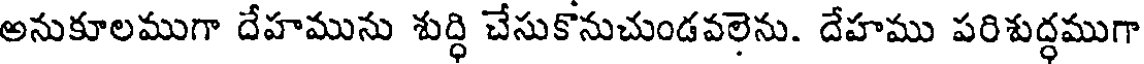
అనుకూలముగా దేహమును శుద్ధి చేసుకొనుచుండవలెను. దేహము పరిశుద్ధముగా